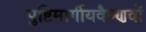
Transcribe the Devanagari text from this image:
पुष्टिमार्गीयवैष्णवों